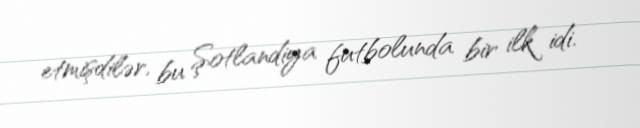
etmişdilər, bu Şotlandiya futbolunda bir ilk idi.